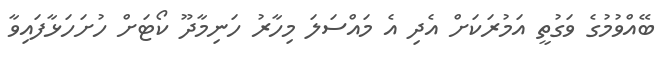
ބޭއްވުމުގެ ވަގުތީ އަމުރަކަށް އެދި އެ މައްސަލަ މިހާރު ހަނިމާދޫ ކޯޓަށް ހުށަހަޅާފައިވާ